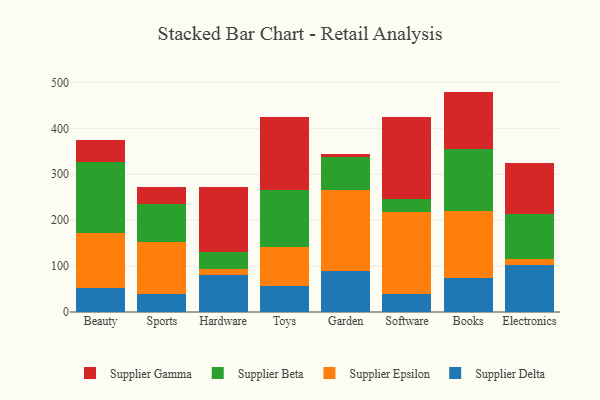
{"axis": {"x": "Category", "y": "Conversion Rate (%)"}, "legend": ["Supplier Beta", "Supplier Delta", "Supplier Epsilon", "Supplier Gamma"], "data": [{"x": "Beauty", "y": 51.4, "type": "Supplier Delta"}, {"x": "Beauty", "y": 121.2, "type": "Supplier Epsilon"}, {"x": "Beauty", "y": 153.5, "type": "Supplier Beta"}, {"x": "Beauty", "y": 47.8, "type": "Supplier Gamma"}, {"x": "Sports", "y": 38.4, "type": "Supplier Delta"}, {"x": "Sports", "y": 114.7, "type": "Supplier Epsilon"}, {"x": "Sports", "y": 82.2, "type": "Supplier Beta"}, {"x": "Sports", "y": 37.8, "type": "Supplier Gamma"}, {"x": "Hardware", "y": 80.9, "type": "Supplier Delta"}, {"x": "Hardware", "y": 12.8, "type": "Supplier Epsilon"}, {"x": "Hardware", "y": 36.4, "type": "Supplier Beta"}, {"x": "Hardware", "y": 141.2, "type": "Supplier Gamma"}, {"x": "Toys", "y": 57.7, "type": "Supplier Delta"}, {"x": "Toys", "y": 84.6, "type": "Supplier Epsilon"}, {"x": "Toys", "y": 124.0, "type": "Supplier Beta"}, {"x": "Toys", "y": 158.3, "type": "Supplier Gamma"}, {"x": "Garden", "y": 90.2, "type": "Supplier Delta"}, {"x": "Garden", "y": 174.7, "type": "Supplier Epsilon"}, {"x": "Garden", "y": 72.8, "type": "Supplier Beta"}, {"x": "Garden", "y": 6.6, "type": "Supplier Gamma"}, {"x": "Software", "y": 39.6, "type": "Supplier Delta"}, {"x": "Software", "y": 178.8, "type": "Supplier Epsilon"}, {"x": "Software", "y": 28.4, "type": "Supplier Beta"}, {"x": "Software", "y": 177.5, "type": "Supplier Gamma"}, {"x": "Books", "y": 73.8, "type": "Supplier Delta"}, {"x": "Books", "y": 146.1, "type": "Supplier Epsilon"}, {"x": "Books", "y": 134.3, "type": "Supplier Beta"}, {"x": "Books", "y": 125.8, "type": "Supplier Gamma"}, {"x": "Electronics", "y": 102.3, "type": "Supplier Delta"}, {"x": "Electronics", "y": 12.4, "type": "Supplier Epsilon"}, {"x": "Electronics", "y": 99.8, "type": "Supplier Beta"}, {"x": "Electronics", "y": 110.0, "type": "Supplier Gamma"}]}